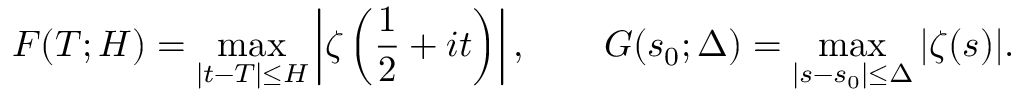
F ( T ; H ) = \operatorname* { m a x } _ { | t - T | \leq H } \left| \zeta \left( { \frac { 1 } { 2 } } + i t \right) \right| , \qquad G ( s _ { 0 } ; \Delta ) = \operatorname* { m a x } _ { | s - s _ { 0 } | \leq \Delta } | \zeta ( s ) | .